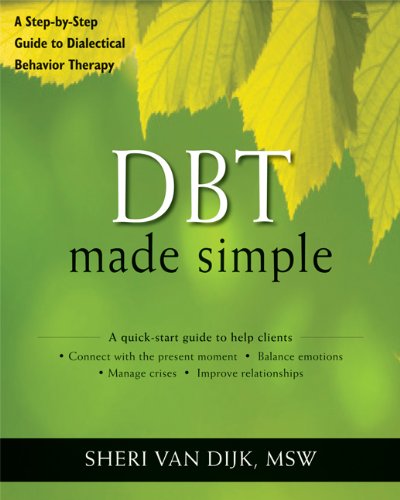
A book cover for DBT Made Simple: A Step-by-Step Guide to Dialectical Behavior Therapy (The New Harbinger Made Simple Series); Sheri Van Dijk MSW; Medical Books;